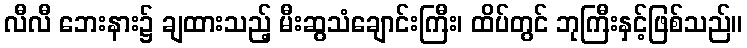
လီလီ ဘေးနား၌ ချထားသည့် မီးဆွသံချောင်းကြီး၊ ထိပ်တွင် ဘုကြီးနှင့်ဖြစ်သည်။